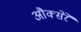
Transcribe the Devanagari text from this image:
औक्सेरे